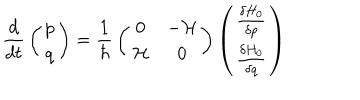
{ \frac { d } { d t } } \left( \begin{matrix} { { p } } \\ { { q } } \\ \end{matrix} \right) = { \frac { 1 } { \hbar } } \left( \begin{matrix} { { 0 } } & { { - { \cal H } } } \\ { { { \cal H } } } & { { 0 } } \\ \end{matrix} \right) \left( \begin{matrix} { { { \frac { \delta H _ { 0 } } { \delta p } } } } \\ { { { \frac { \delta H _ { 0 } } { \delta q } } } } \\ \end{matrix} \right)